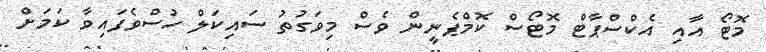
މޮޓޯ އާއި އެކްސްޕާޓް މޮޓޯސް ކޮމްޕެނީން ވެސް މިވަގުުތު ސައިކަލް ހުސްވެފައިވާ ކަމަށް